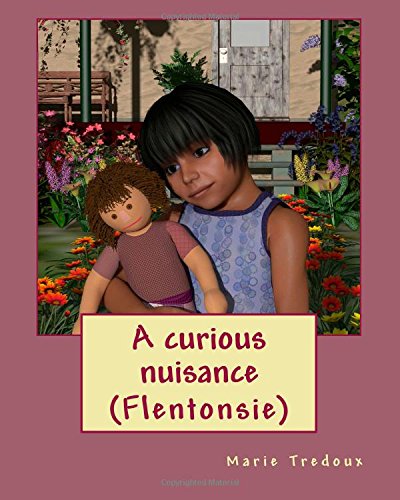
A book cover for A curious nuisance: (Flentonsie); Mrs Marie Tredoux; Teen & Young Adult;